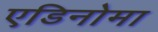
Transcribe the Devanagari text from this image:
एडिनोमा